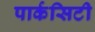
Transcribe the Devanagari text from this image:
पार्कसिटी